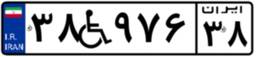
۳۸W۹۷۶۳۸